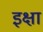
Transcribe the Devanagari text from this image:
इक्षा